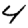
Digit: 4